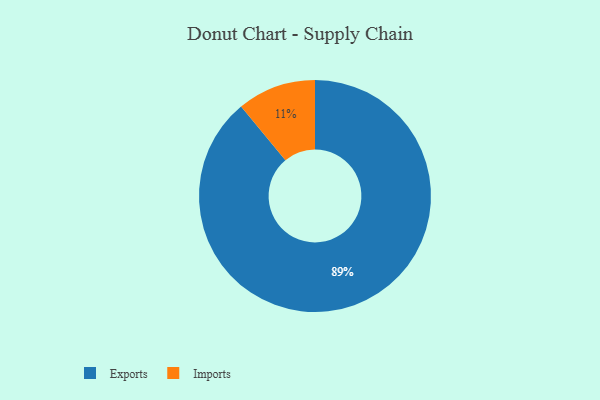
{"axis": {"x": "Category", "y": "Percentage"}, "legend": ["Exports", "Imports"], "data": [{"x": "Exports", "y": 89, "type": "Exports"}, {"x": "Imports", "y": 11, "type": "Imports"}]}